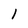
Character: 1